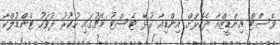
ވެސްޓް އިންޑީޒްއާ ދެކޮޅަށް އިންޑިއާ ކުޅޭ ޓެސްޓު މެޗުގައި ހުކުރު ދުވަހު ޓެންޑުލްކާ